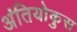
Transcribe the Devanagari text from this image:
अंतियोकुस